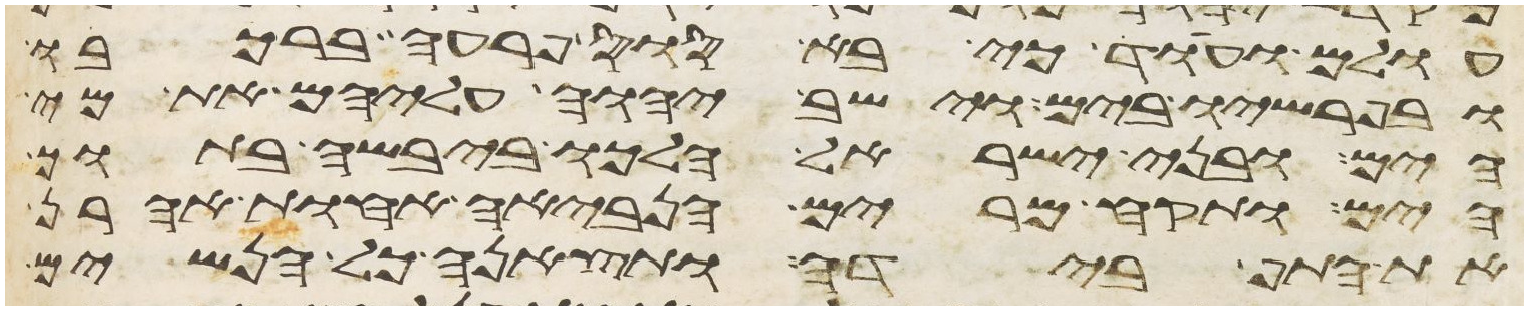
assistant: עולם ועוד כי בא סוס פרעה ברכבו
ובפרשיו בים וישב יהוה עליהם את מי
הים ובני ישראל הלכו ביבשה בתוך
הים ותקח מרים הנביאה אחות אהרן
את התף בידה ותצאנה כל הנשים